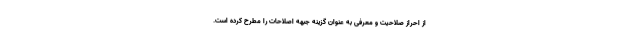
از احراز صلاحیت و معرفی به عنوان گزینه جبهه اصلاحات را مطرح کرده است.